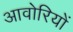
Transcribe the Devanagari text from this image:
आवोरियों